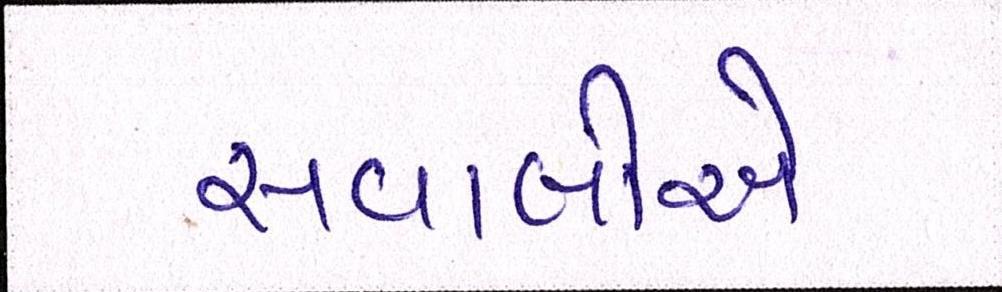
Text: સવાલોએ